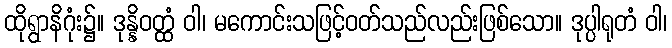
ထိုရွာနိဂုံး၌။ ဒုန္နိဝတ္ထံ ဝါ၊ မကောင်းသဖြင့်ဝတ်သည်လည်းဖြစ်သော။ ဒုပ္ပါရုတံ ဝါ၊